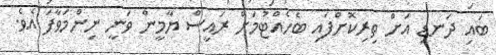
ބައި ދަނޑި އަށް ތިރިކޮށްފައި ބެހެއްޓުމަށް ރައީސް ޔާމީން ވަނީ ނިންމަވާފަ އެވެ.